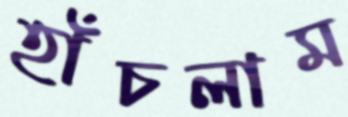
হাঁচলাম